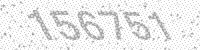
Solution: 156751